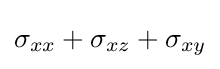
\sigma _{xx}+\sigma _{xz}+\sigma _{xy}